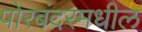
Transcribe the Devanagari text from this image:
पोरबंदरमधील